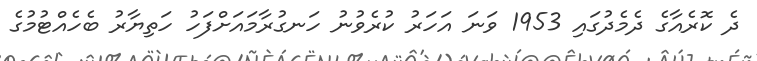
ދެ ކޮރެއާގެ ދެމެދުގައި 1953 ވަނަ އަހަރު ކުރެވުނު ހަނގުރާމައަށްފަހު ހަތިޔާރު ބެހެއްޓުމުގެ